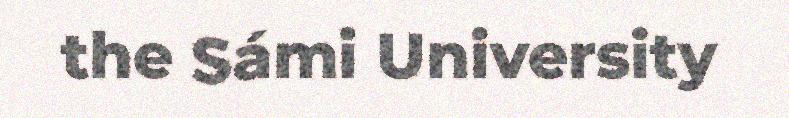
the Sámi University